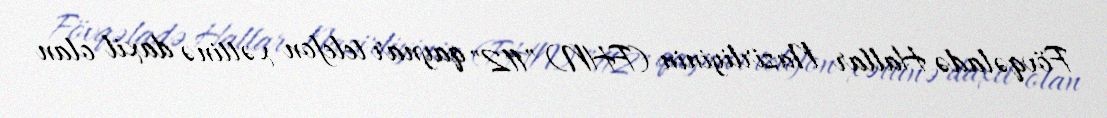
Fövqəladə Hallar Nazirliyinin (FHN) "112" qaynar telefon xəttinə daxil olan